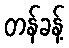
တန်ခန့်